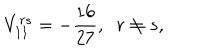
LaTeX: V _ { 1 1 } ^ { r s } = - \frac { 1 6 } { 2 7 } , \; \; r \neq s ,